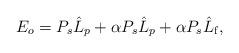
LaTeX: \begin{align*} E_o = P_s \hat{L}_p + \alpha P_s \hat{L}_p + \alpha P_s \hat{L}_{\mathrm{f}},\end{align*}